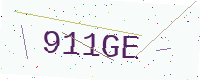
Text: 911GE